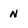
Character: N